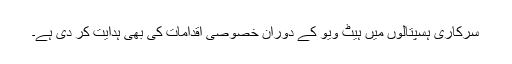
سرکاری ہسپتالوں میں ہیٹ ویو کے دوران خصوصی اقدامات کی بھی ہدایت کر دی ہے۔